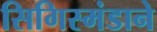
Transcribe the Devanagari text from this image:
सिगिस्मंडाने